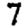
Digit: 7